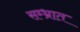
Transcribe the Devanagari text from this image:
सम्भ्रात